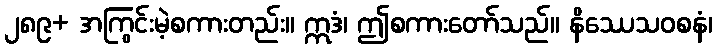
၂၈၉+ အကြွင်းမဲ့စကားတည်း။ ဣဒံ၊ ဤစကားတော်သည်။ နိဿေသဝစနံ၊